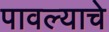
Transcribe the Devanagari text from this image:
पावल्याचे